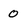
Character: 0